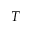
T